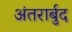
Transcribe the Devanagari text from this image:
अंतरार्बुद